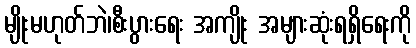
မျိုးမဟုတ်ဘဲ၊စီးပွားရေး အကျိုး အများဆုံးရရှိရေးကို